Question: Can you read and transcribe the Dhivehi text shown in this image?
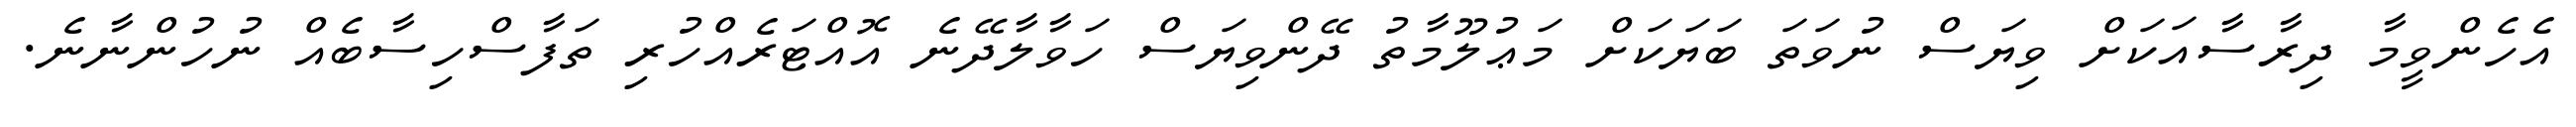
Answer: އެހެންވީމާ ދިރާސާއަކަށް ވިޔަސް ނުވަތަ ބަޔަކަށް މަޢުލޫމާތު ދޭންވިޔަސް ހަވާލާދޭނެ އޮއްޓަރެއްހުރި ތަފާސްހިސާބެއް ނުހުންނާނެ.